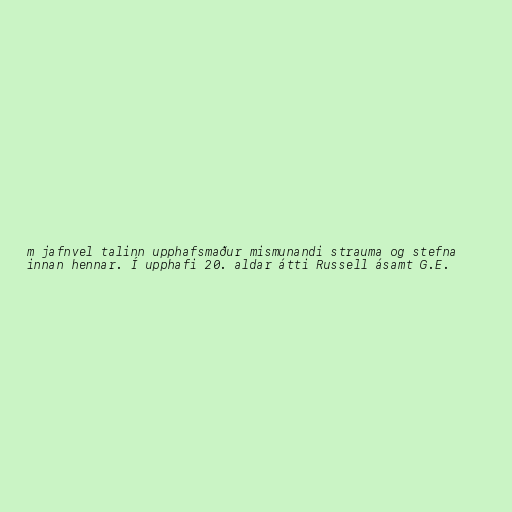
m jafnvel talinn upphafsmaður mismunandi strauma og stefna
innan hennar. Í upphafi 20. aldar átti Russell ásamt G.E.